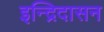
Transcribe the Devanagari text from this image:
इन्द्रिदासन